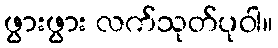
ဖွားဖွား လက်သုတ်ပုဝါ။